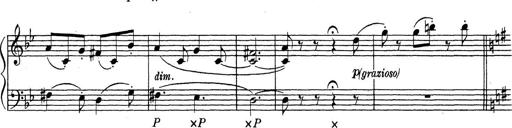
Title: ÄŒeskÃ© Sonatiny
Composer: Various